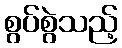
စွပ်စွဲသည့်